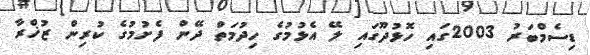
ޑިސެމްބަރު 2003ގައި ހޮޅުދޫގައި ލޭ އެޅުމުގެ ހިދުމަތް ދޭން ފެށުމުގެ ކުރިން ޒުޚްރާ